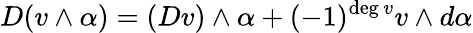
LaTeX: D(v\wedge\alpha)=(Dv)\wedge\alpha+(-1)^{{\mathrm{deg}}\, v}v\wedge d\alpha